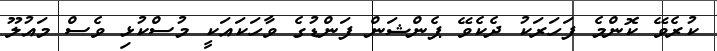
ކުރެވޭ ކޮންމެ ފަހަރަކު ދެކެވޭ ޕެންޝަން ފަންޑުގެ ވާހަކައަކީ މުސްކުޅި ވެސް މައުލޫ